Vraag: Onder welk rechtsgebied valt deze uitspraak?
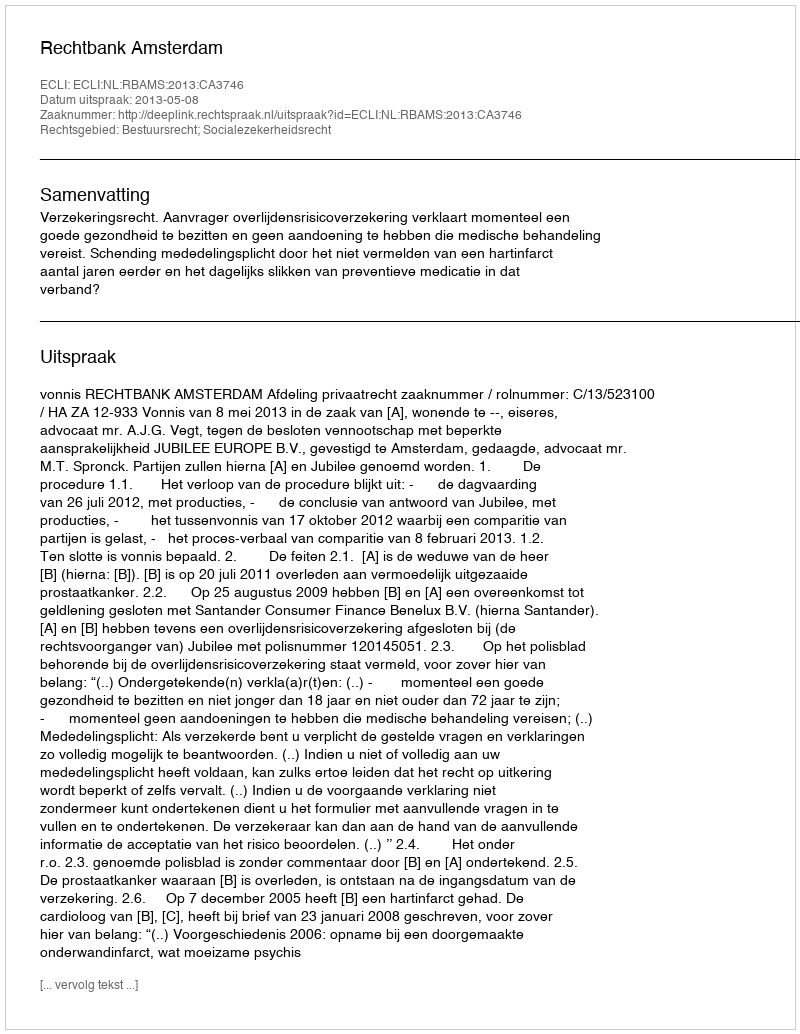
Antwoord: Bestuursrecht; Socialezekerheidsrecht